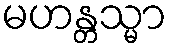
မဟန္တသ္မာ